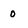
Character: 0